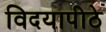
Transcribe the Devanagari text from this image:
विदयापीठे